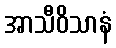
အာသီဝိသာနံ